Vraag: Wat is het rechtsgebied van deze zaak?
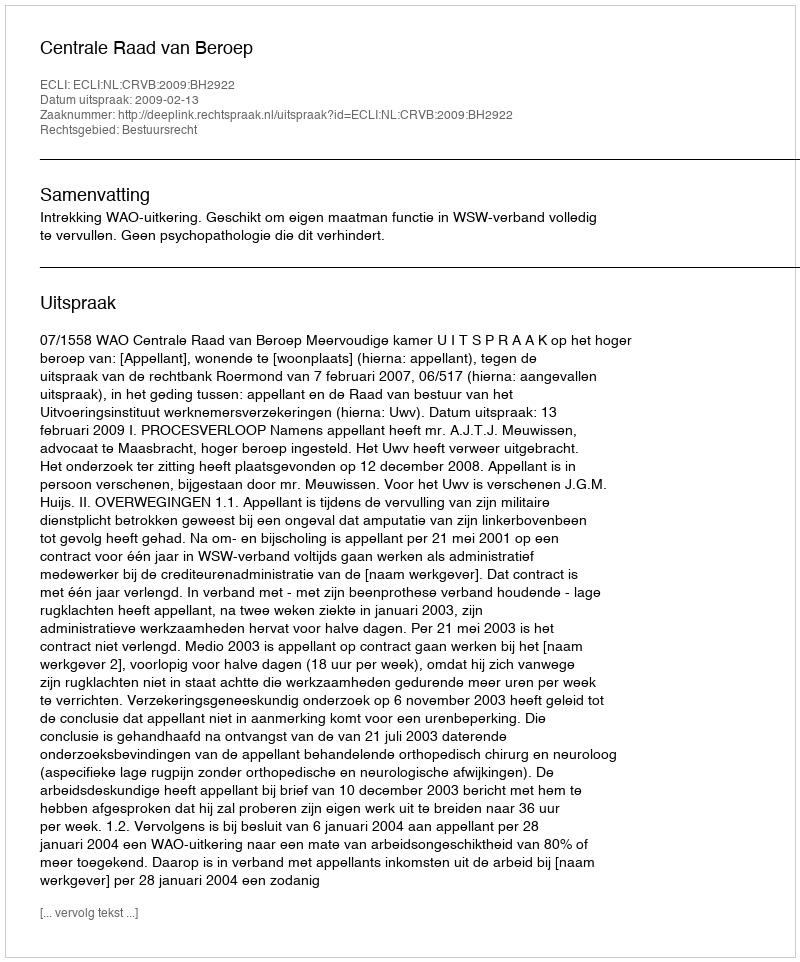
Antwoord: Bestuursrecht